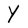
Character: y